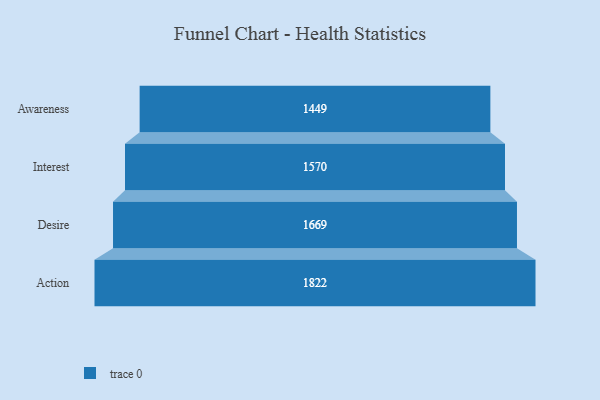
{"axis": {"x": "Stage", "y": "Value"}, "legend": [""], "data": [{"x": "Awareness", "y": 1449.0, "type": ""}, {"x": "Interest", "y": 1570.0, "type": ""}, {"x": "Desire", "y": 1669.0, "type": ""}, {"x": "Action", "y": 1822.0, "type": ""}]}